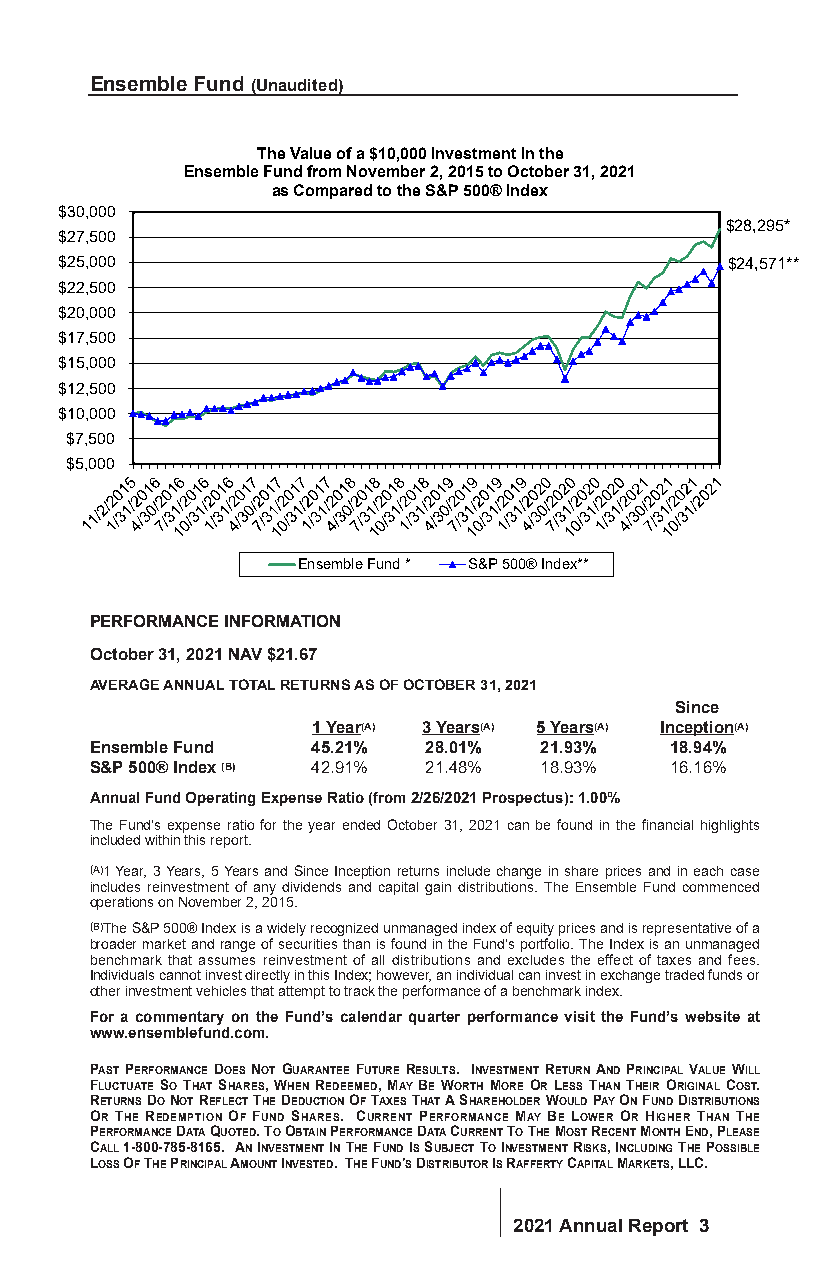
Ensemble Fund (Unaudited)
 The Value of a $10,000 Investment in the
 Ensemble Fund from November 2, 2015 to October 31, 2021
 as Compared to the S&P 500® Index
 $30,000
 $28,295*
 $27,500
 $25,000                                     $24,571**
 $22,500
 $20,000
 $17,500
 $15,000
 $12,500
 $10,000
 $7,500
 $5,000
 Ensemble Fund * S&P 500® Index**
 PERFORMANCE INFORMATION
 October 31, 2021 NAV $21.67
 AVERAGE ANNUAL TOTAL RETURNS AS OF OCTOBER 31, 2021
 Since
 1 Year(A) 3 Years(A) 5 Years(A) Inception(A)
 Ensemble Fund  45.21% 28.01%  21.93%  18.94%
 S&P 500® Index (B) 42.91% 21.48% 18.93% 16.16%
 Annual Fund Operating Expense Ratio (from 2/26/2021 Prospectus): 1.00%
 The Fund’s expense ratio for the year ended October 31, 2021 can be found in the financial highlights
 included within this report.
 (A)1 Year, 3 Years, 5 Years and Since Inception returns include change in share prices and in each case
 includes reinvestment of any dividends and capital gain distributions. The Ensemble Fund commenced
 operations on November 2, 2015.
 (B)The S&P 500® Index is a widely recognized unmanaged index of equity prices and is representative of a
 broader market and range of securities than is found in the Fund’s portfolio. The Index is an unmanaged
 benchmark that assumes reinvestment of all distributions and excludes the effect of taxes and fees.
 Individuals cannot invest directly in this Index; however, an individual can invest in exchange traded funds or
 other investment vehicles that attempt to track the performance of a benchmark index.
 For a commentary on the Fund’s calendar quarter performance visit the Fund’s website at
 www.ensemblefund.com.
 PAST PERFORMANCE DOES NOT GUARANTEE FUTURE RESULTS. INVESTMENT RETURN AND PRINCIPAL VALUE WILL
 FLUCTUATE SO THAT SHARES, WHEN REDEEMED, MAY BE WORTH MORE OR LESS THAN THEIR ORIGINAL COST.
 RETURNS DO NOT REFLECT THE DEDUCTION OF TAXES THAT A SHAREHOLDER WOULD PAY ON FUND DISTRIBUTIONS
 OR THE REDEMPTION OF FUND SHARES. CURRENT PERFORMANCE MAY BE LOWER OR HIGHER THAN THE
 PERFORMANCE DATA QUOTED. TO OBTAIN PERFORMANCE DATA CURRENT TO THE MOST RECENT MONTH END, PLEASE
 CALL 1-800-785-8165. AN INVESTMENT IN THE FUND IS SUBJECT TO INVESTMENT RISKS, INCLUDING THE POSSIBLE
 LOSS OF THE PRINCIPAL AMOUNT INVESTED. THE FUND'S DISTRIBUTOR IS RAFFERTY CAPITAL MARKETS, LLC.
 2021 Annual Report 3